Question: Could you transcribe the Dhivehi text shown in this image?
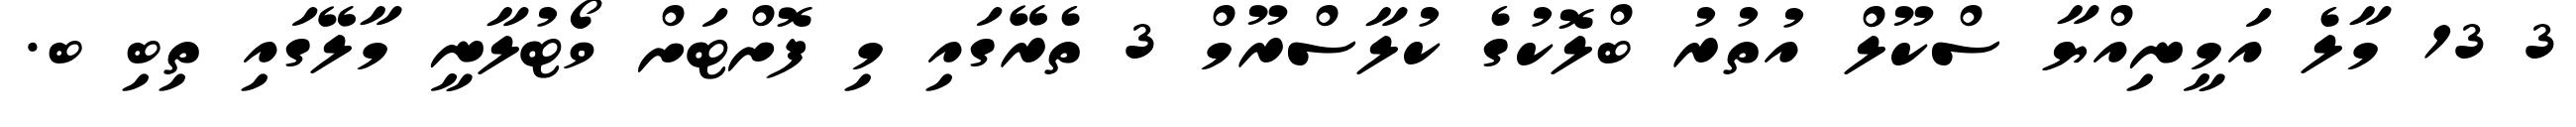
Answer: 3 13 މާލެ އަމީނިއްޔާ ސްކޫލް އުތުރު ބްލޮކުގެ ކުލާސްރޫމް 3 ތެރޭގައި މި ފޮށްޓަށް ވޯޓުލާނީ މާލޭގައި ތިބި ބ.